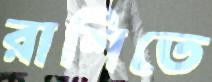
রাশিতে